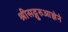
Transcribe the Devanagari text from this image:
श्रीसद्गुरुआज्ञेने